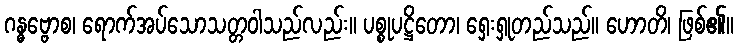
ဂန္ဓဗ္ဗောစ၊ ရောက်အပ်သောသတ္တဝါသည်လည်း။ ပစ္စုပဋ္ဌိတော၊ ရှေးရှုတည်သည်။ ဟောတိ၊ ဖြစ်၏။